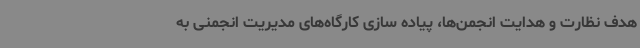
هدف نظارت و هدایت انجمن‌ها، پیاده سازی کارگاه‌های مدیریت انجمنی به